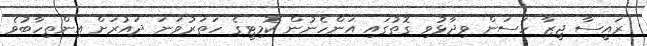
ރައީސާ ޖީޒާ ހަސަން ވިދާޅުވި ގޮތުގައި އަންހެނުން ކޮމިޓީގެ ހަތަރުވަނަ ދައުރަށް އިންތިހާބުވެ